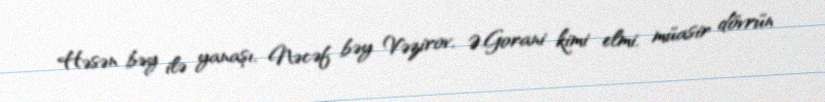
Həsən bəy ilə yanaşı, Nəcəf bəy Vəzirov, Ə.Gorani kimi elmi, müasir dövrün